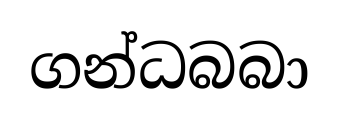
ගන්ධබබා